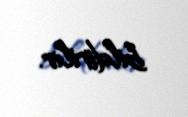
bildirilir.